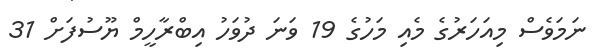
ނަމަވެސް މިއަހަރުގެ މެއި މަހުގެ 19 ވަނަ ދުވަހު އިބްރާހީމް ޔޫސުފަށް 31